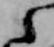
之